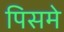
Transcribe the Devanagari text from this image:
पिसमे